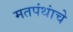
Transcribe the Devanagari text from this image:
मतपंथांचे